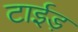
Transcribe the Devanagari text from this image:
टाईड़